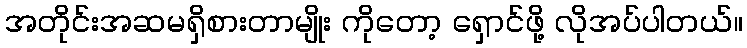
အတိုင်းအဆမရှိစားတာမျိုး ကိုတော့ ရှောင်ဖို့ လိုအပ်ပါတယ်။